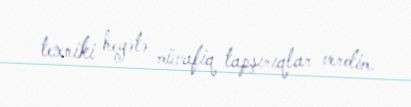
texniki heyətə müvafiq tapşırıqlar verdim.